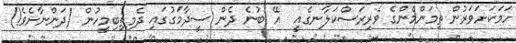
ހަމަކަށަވަރުން ތިމަންމެންގެ ވެރިރަސްކަލާނގެއީ  އޭ ބުނެ ދެން ސީދާމަގުގައި ދެމިތިބިމީހުން (ދަންނާށެވެ!)